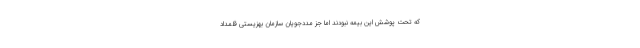
که تحت پوشش این بیمه نبودند اما جز مددجویان سازمان بهزیستی قلمداد